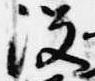
没